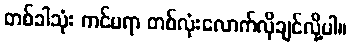
တစ်ခါသုံး ကင်မရာ တစ်လုံးလောက်လိုချင်လို့ပါ။